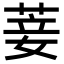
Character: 菨